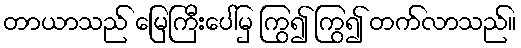
တာယာသည် မြေကြီးပေါ်မှ ကြွ၍ ကြွ၍ တက်လာသည်။